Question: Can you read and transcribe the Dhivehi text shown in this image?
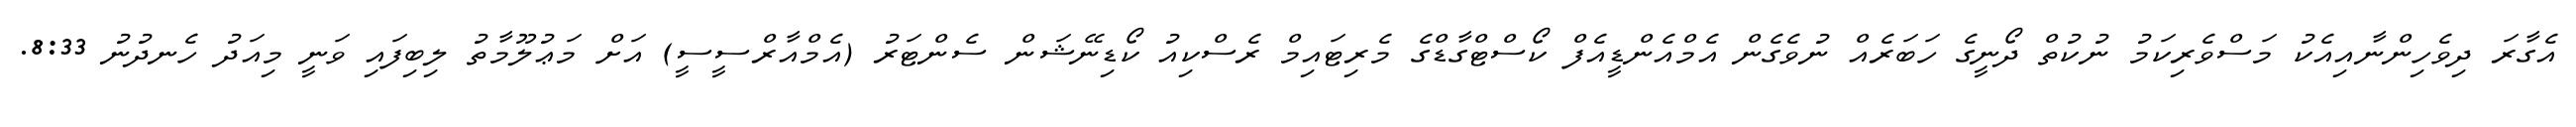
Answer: އެގާރަ ދިވެހިންނާއިއެކު މަސްވެރިކަމު ނުކުތް ދޯނީގެ ހަބަރެއް ނުވެގެން އެމްއެންޑީއެފް ކޯސްޓްގާޑްގެ މެރިޓައިމް ރެސްކިއު ކޯޑިނޭޝަން ސެންޓަރު (އެމްއާރްސީސީ) އަށް މަޢުލޫމާތު ލިބިފައި ވަނީ މިއަދު ހެނދުނު 8:33.